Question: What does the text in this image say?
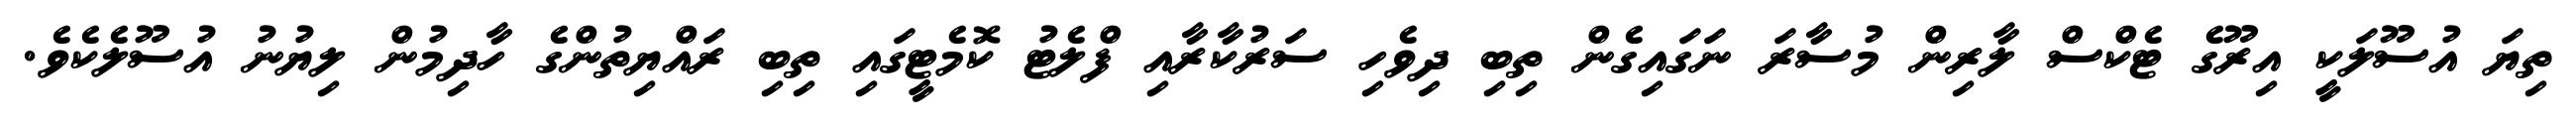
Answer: ތިޔަ އުސޫލަކީ އިރޫގެ ޓެކްސް ލާރިން މުސާރަ ނަގައިގެން ތިބި ދިވެހި ސަރުކާރާއި ފްލެޓު ކޮމެޓީގައި ތިބި ރައްޔިތުންގެ ހާދިމުން ލިޔުނު އުސޫލެކެވެ.